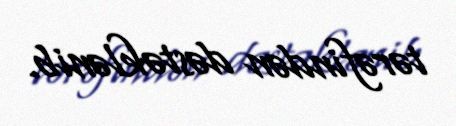
tərəfindən dəstəklənib.